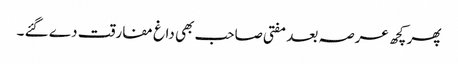
پھر کچھ عرصہ بعد مفتی صاحب بھی داغ مفارقت دے گئے ۔